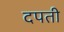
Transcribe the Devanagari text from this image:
दपती